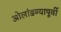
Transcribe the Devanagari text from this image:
ओलांडण्यापूर्वी